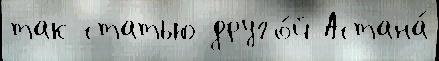
так статью друго́й Астана́